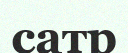
сатр